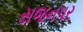
સજનપર